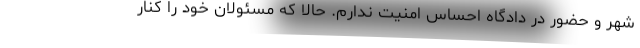
شهر و حضور در دادگاه احساس امنیت ندارم. حالا که مسئولان خود را کنار